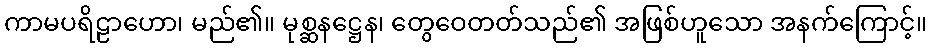
ကာမပရိဠာဟော၊ မည်၏။ မုစ္ဆနဋ္ဌေန၊ တွေဝေတတ်သည်၏ အဖြစ်ဟူသော အနက်ကြောင့်။